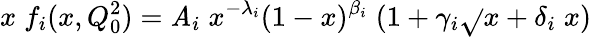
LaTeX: x\; f_{i}(x,Q_{0}^{2})=\mathit{A}_{i}\; x^{-\lambda_{i}}(1-x)^{\beta_{i}}\; (1+\gamma_{i}\sqrt{}{{x}}+\delta_{i}\; x)